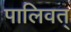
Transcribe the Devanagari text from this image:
पालिवत्‌